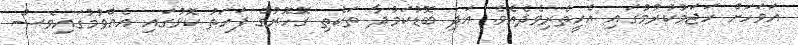
އަވަހަށް ހަޖަމުކުރުމުގައި އެހީތެރިވެދެއެވެ. އަދި ބޮޑުކަމުދާ ތަކެތި ގޮހޮރުގެ ފަހަތު ކޮޅުގައި އެއްވުމުގައިވެސް